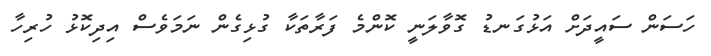
ހަސަން ސައީދަށް އަޅުގަނޑު ގޮވާލަނީ ކޮންމެ ފަރާތަކާ ގުޅިގެން ނަމަވެސް އިދިކޮޅު ހުރިހާ